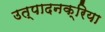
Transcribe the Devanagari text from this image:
उत्पादनक्रिया